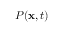
P ( \mathbf { x } , t )